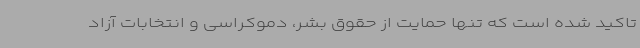
تاکید شده است که تنها حمایت از حقوق بشر، دموکراسی و انتخابات آزاد